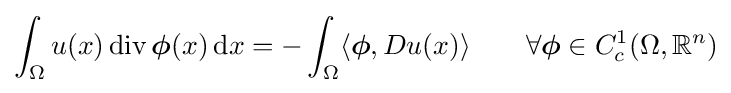
\int _{\Omega }u(x)\operatorname {div} {\boldsymbol {\phi }}(x)\,\mathrm {d} x=-\int _{\Omega }\langle {\boldsymbol {\phi }},Du(x)\rangle \qquad \forall {\boldsymbol {\phi }}\in C_{c}^{1}(\Omega ,\mathbb {R} ^{n})